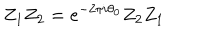
LaTeX: Z _ { 1 } Z _ { 2 } = e ^ { - 2 \pi i \theta _ { 0 } } Z _ { 2 } Z _ { 1 }